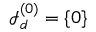
{ \mathcal { I } } _ { d } ^ { ( 0 ) } = \{ { \boldsymbol { 0 } } \}